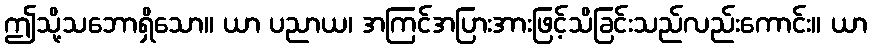
ဤသို့သဘောရှိသော။ ယာ ပညာယ၊ အကြင်အပြားအားဖြင့်သိခြင်းသည်လည်းကောင်း။ ယာ